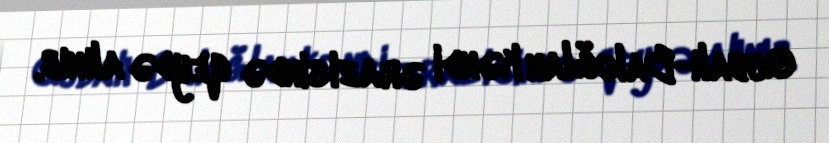
Qubalı-Baloğlan kəndi ərazisində qeydə alınıb.